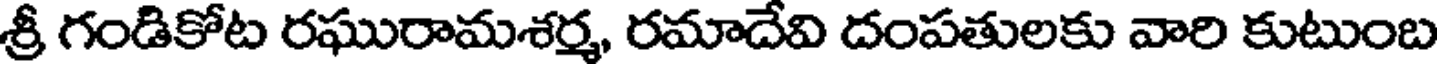
శ్రీ గండికోట రఘురామశర్మ, రమాదేవి దంపతులకు వారి కుటుంబ